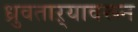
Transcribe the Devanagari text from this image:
ध्रुवताऱ्यावरून